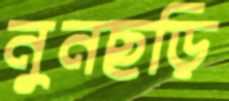
নুনছড়ি